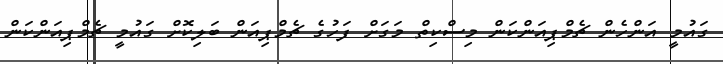
ގައުމީ އަންހެން ޗެމްޕިއަންކަން މިސްކިތް މަގަށް ފަހުގެ ޗެމްޕިއަން ބަލިކޮށް ގައުމީ ޗެމްޕިއަންކަން